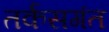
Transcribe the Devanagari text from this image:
तर्कसगंत